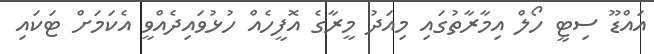
އައްޑޫ ސިޓީ ހޯލް އިމާރާތުގައި މިއަދު މީރާގެ އޮފީހެއް ހުޅުވައިދެއްވީ އެކަމަށް ޓަކައި